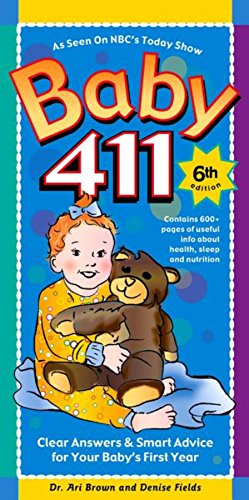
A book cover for Baby 411: Clear Answers & Smart Advice For Your Baby's First Year, 6th edition; Ari Brown; Parenting & Relationships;